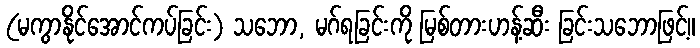
(မကွာနိုင်အောင်ကပ်ခြင်း) သဘော, မဂ်ရခြင်းကို မြစ်တားဟန့်ဆီး ခြင်းသဘောဖြင့်။